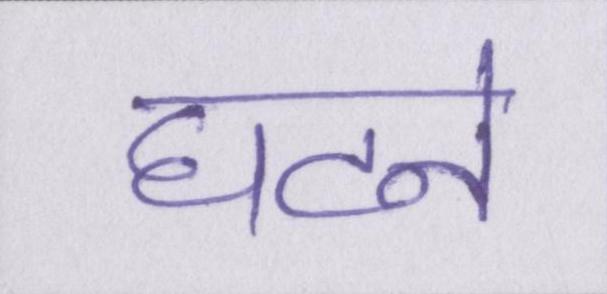
घटने